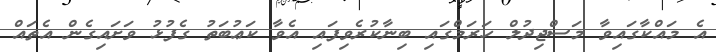
އެ މައްކާގައިވާ މަސްޖިދުލް ހަރަމްގައި ބިނާކުރެވިފައި އެވާ ކަޢުބަތު ގެފުޅު ވަށައިގެން އެތައް